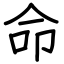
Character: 命